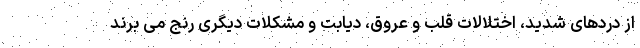
از دردهای شدید، اختلالات قلب و عروق، دیابت و مشکلات دیگری رنج می ‌برند